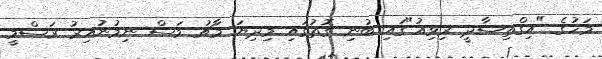
މަހުގެ "އިގްތިސާދީ ރިވިއު"ގައި ބުނި ގޮތުގައި މިދިޔަ މާޗު މަސް ނިމުނުއިރު ރަސްމީ